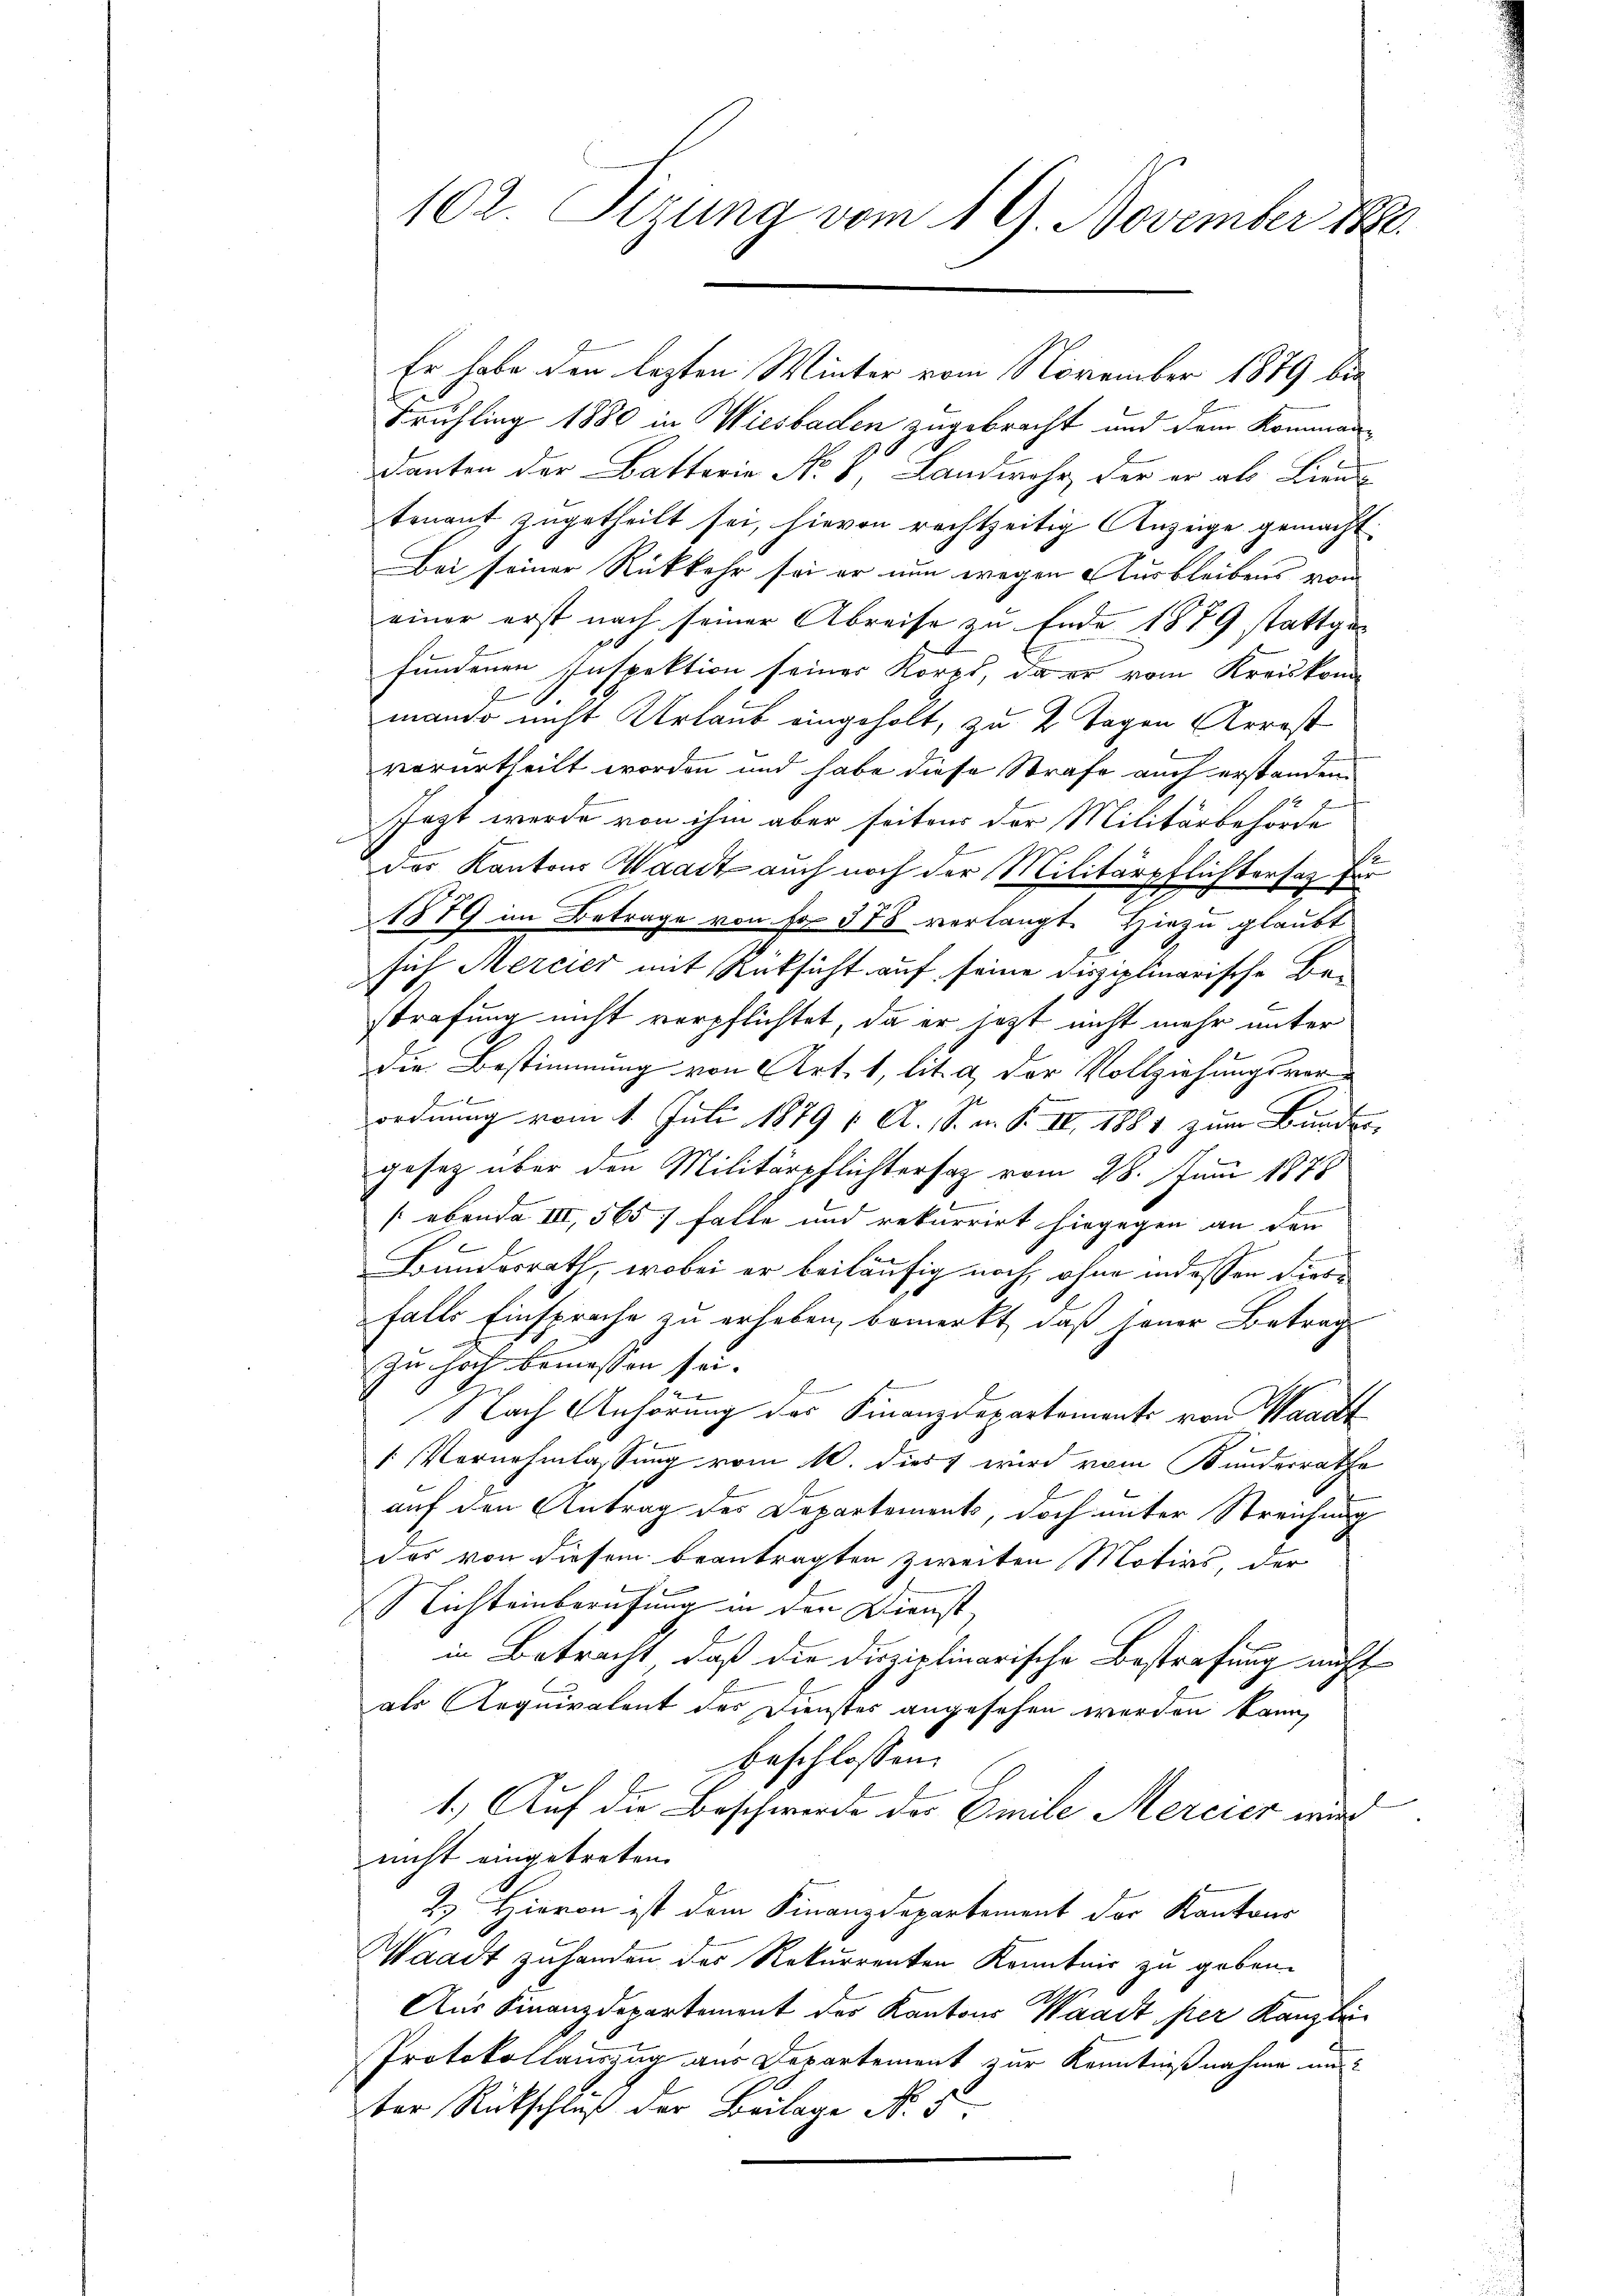
102. Sizung vom 19. November 1890.

Frühling 1880 in Wiesbaden, zugebracht und dem Kommann
danken der Batterie No. 8, Landwehr, der er als Lieu
tenauf zugetheilt sei, hievon rechtzeitig Anzeige gemacht.
Bei seiner Rückkehr sei er nun wegen Ausbleibens vom
einer erst nach seiner Abreise zu Ende 1879 stattgefundenen Inspektion seiner Korps, da er vom Kreiskon
manche nicht Urlaub eingeholt, zu 2 Tagen Arrost
vorurtheilt worden und habe diese Strafe auch erstanden
n
Jezt werde von ihm aber seitens der Militärbehörde
.
des Kantons Waadt auch noch der Militärpflichtersatz
F
1879 im Betrage von fr. 378 verlangt. Hiezu glaubt
sich Mercier mit Rücksicht auf seine disziplinarische Bestrafung nicht verpflichtet, da er jezt nicht mehr unter
Die Bestimmung von Art. 1, lit. a der Vollziehungsvor¬
u
2.
ordnung vom 1. Juli 1879 / A. S. n. F. II 1881 zum Bunden
gesetz über den Militärpflichtersaz vom 28. Juni 1875
(ebende III, 565) falle und rekurrirt hingegen an den
Bundesrath, wobei er beiläufig noch, ohne indessen diesfalls Einsprache zu erheben, bemerkt, daß jener Betrag
zu hoch bemessen sei.
Nach Anhörung des Finanzdepartemente von Waadt
[Vernehmlassung vom 10. dies wird vom Kunderrathe
auf den Antrag des Departement, doch unter Streichung
das von diesem beantragten zweiten Motivs, der
Nichteinberufung in den Dienst,
in Betracht, daß die Disziplinarische Bestrafung nicht
als Aequivalent des Dienstes angesehen werden kann,
beschlossen:
l
1.) Auf die Beschwerde des Emile Mercier wird
nicht eingetreten.
2. Hievon ist dem Finanzdepartement der Kantons
Waadt zuhanden des Rekurrenten Kenntnis zu geben.
Aus Finanzdepartement der Kantons Waadt fier Kanzlei
Protokollauszug aus Departement zur Kenntnißnahme un
ber Rückschluß der Beilage No. 5

Er habe den lezten Winter vom November 1889 bis